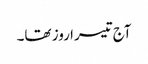
آج تیسرا روز تھا۔